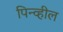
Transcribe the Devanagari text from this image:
पिन्व्हील